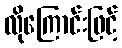
လိုကြောင်းဖြင့်